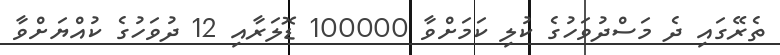
ތެރޭގައި ދެ މަސްދުވަހުގެ ކުލި ކަމަށްވާ 100000 ޑޮލަރާއި 12 ދުވަހުގެ ކުއްޔަށްވާ